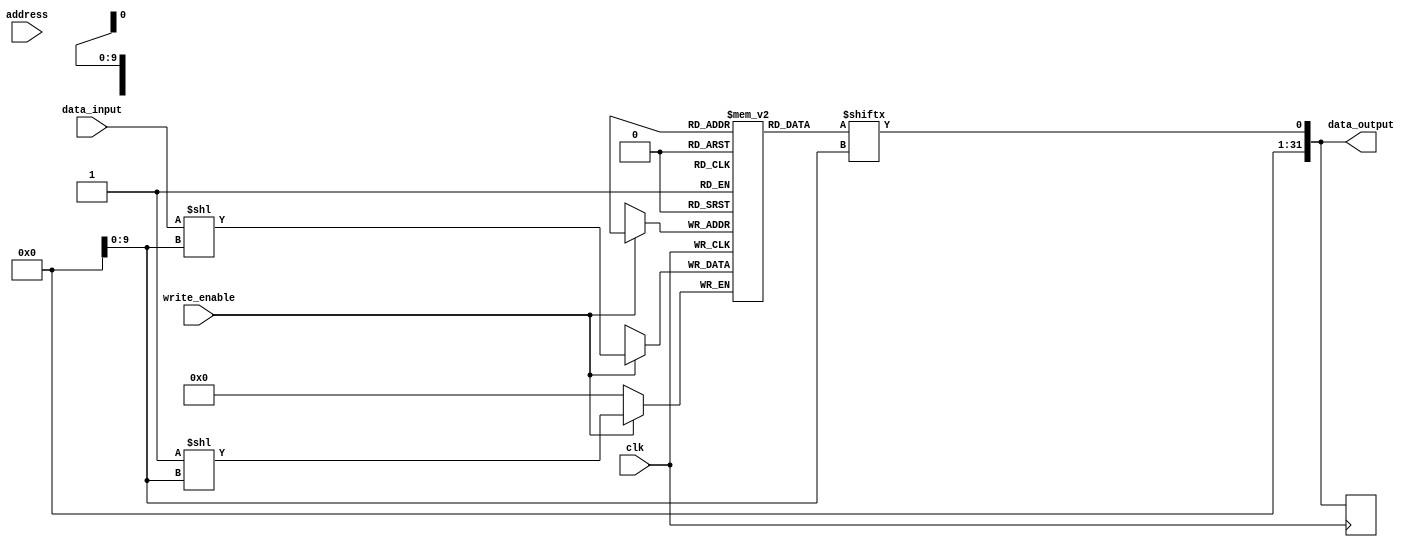
module MemoryBlocks (
    input wire clk,
    input wire [31:0] address,
    input wire write_enable,
    input wire [31:0] data_input,
    output reg [31:0] data_output
);

// Memory array
reg [31:0] memory_array [0:1023];

// Column and row decoders
reg [9:0] column_address;
reg [9:0] row_address;

// Write control logic
always @(posedge clk) begin
    if (write_enable) begin
        memory_array[row_address][column_address] <= data_input;
    end
end

// Read control logic
always @(posedge clk) begin
    data_output <= memory_array[row_address][column_address];
end

// Data input/output buffers
assign data_output = memory_array[row_address][column_address];

endmodule